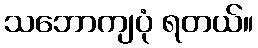
သဘောကျပုံ ရတယ်။